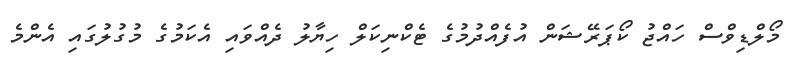
މޯލްޑިވްސް ހައްޖު ކޯޕަރޭޝަން އުފެއްދުމުގެ ޓެކްނިކަލް ހިޔާލު ދެއްވައި އެކަމުގެ މުގުލުގައި އެންމެ